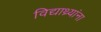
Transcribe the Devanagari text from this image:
विद्याथ्र्यांना